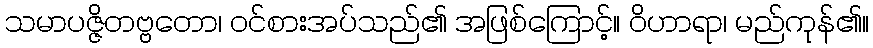
သမာပဇ္ဇိတဗ္ဗတော၊ ဝင်စားအပ်သည်၏ အဖြစ်ကြောင့်။ ဝိဟာရာ၊ မည်ကုန်၏။